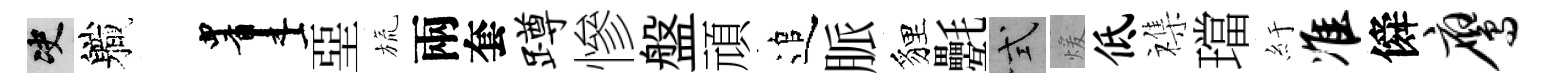
决軄画堊旒兩套蹲慘盤頑追脈貍氎式煖低襍璫紆准僢鹰